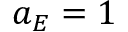
a _ { E } = 1